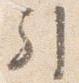
引